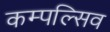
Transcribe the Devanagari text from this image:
कम्पल्सिव